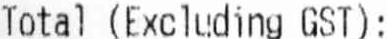
TOTAL (EXCLUDING GST):